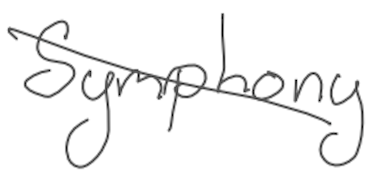
Text: Symphony
Cross-out: diagonal
Writing tool: digital_gray